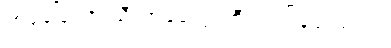
ဟုခေါ်သော ညီလာခံတွေ ကြီးတက်ခဲ့ဖူးသည်။